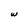
Character: w